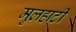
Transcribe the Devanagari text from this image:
मुलहाटी